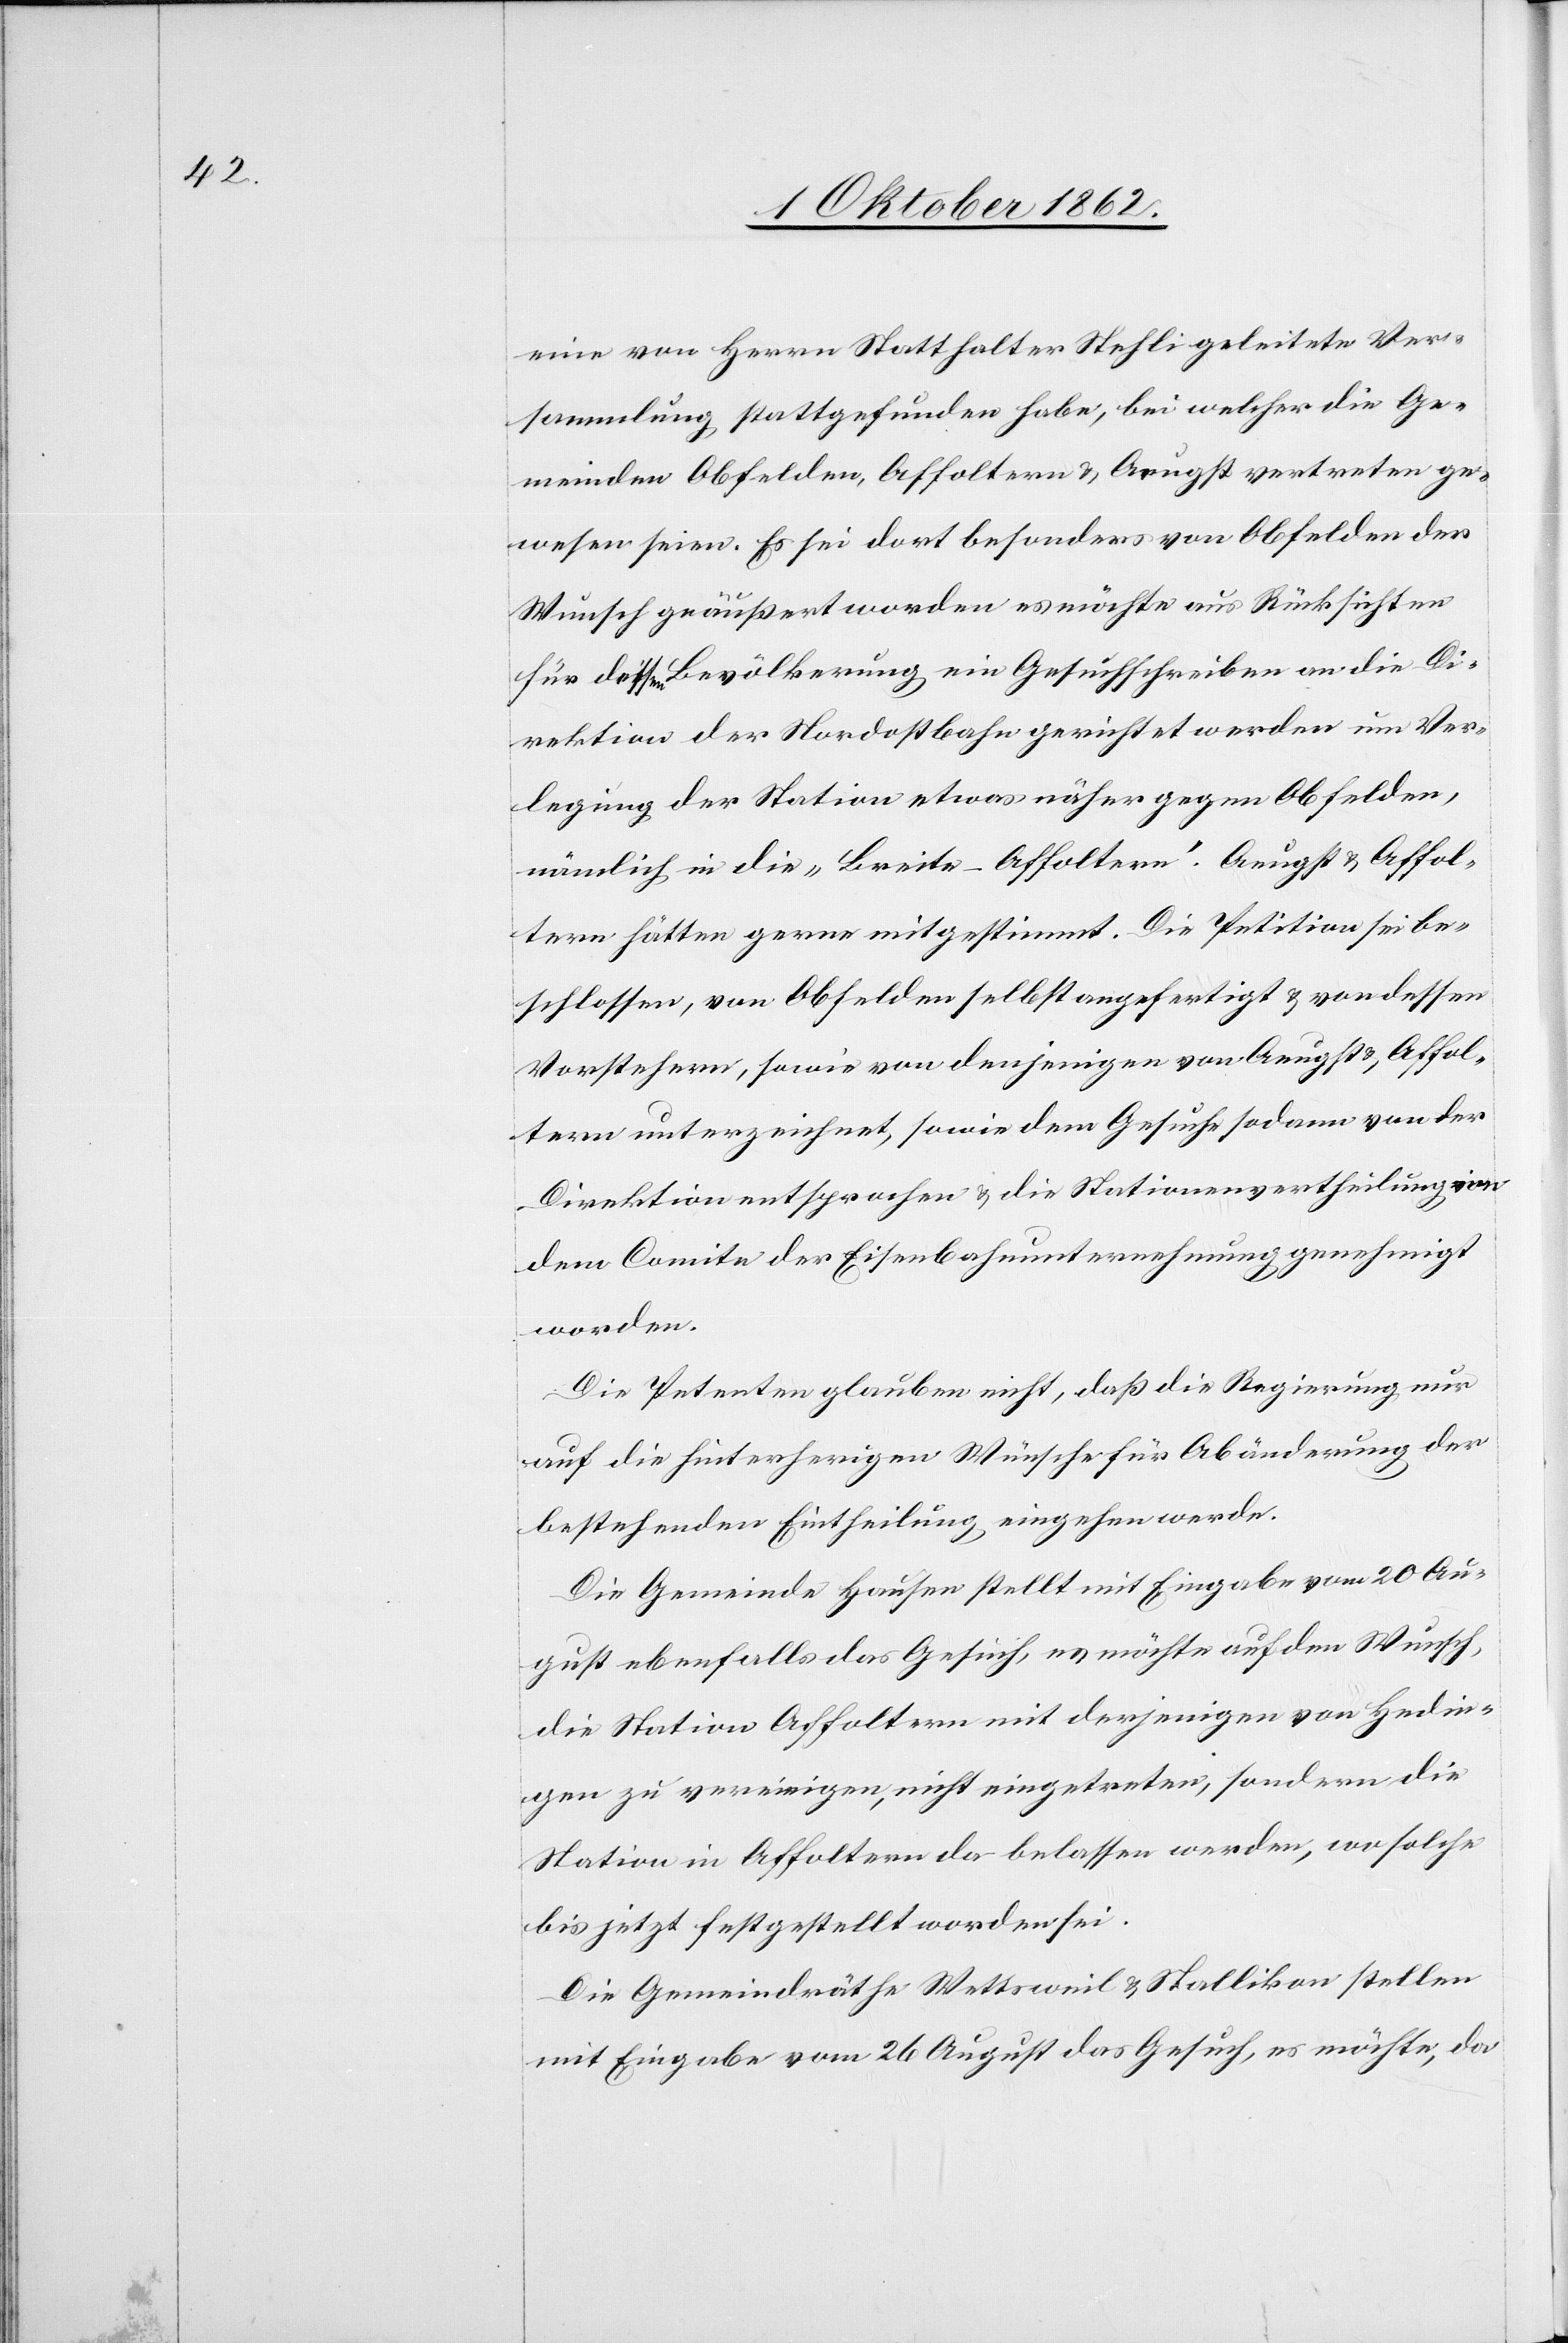
eine von Herrn Statthalter Stehli geleitete Ver¬
sammlung stattgefunden habe, bei welcher die Ge¬
meinden Obfelden, Affoltern u. Aeugst vertreten ge¬
wesen seien. Es sei dort besonders von Obfelden der
Wunsch geäußert worden es möchte aus Rücksichten
für dessen Bevölkerung ein Gesuchschreiben an die Di¬
rektion der Nordostbahn gerichtet werden um Ver¬
legung der Station etwas näher gegen Obfelden,
nämlich in die „Breite-Affoltern“. Aeugst u. Affol¬
tern hätten gerne mitgestimmt. Die Petition sei be¬
schlossen, von Obfelden selbst angefertigt u. von dessen
Vorstehern, sowie von denjenigen von Aeugst u. Affol¬
tern unterzeichnet, sowie dem Gesuche sodann von der
Direktion entsprochen u. die Stationenvertheilung von
dem Comite der Eisenbahnunternehmung genehmigt
worden.
Die Petenten glauben nicht, daß die Regierung nur
auf die hinterherigen Wünsche für Abänderung der
bestehenden Eintheilung eingehen werde.
Die Gemeinde Hausen stellt mit Eingabe vom 20. Au¬
gust ebenfalls das Gesuch, es möchte auf den Wunsch,
die Station Affoltern mit derjenigen von zu
Station in Affoltern da belassen werden, wo solche
bis jetzt festgestellt worden sei.
Die Gemeindräthe Wettsweil u. Stallikon stellen
mit Eingabe vom 26. August das Gesuch, es möchte, da